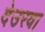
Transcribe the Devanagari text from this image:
देउरवा